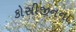
કોસીજીનના